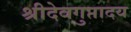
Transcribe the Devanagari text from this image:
श्रीदेवगुप्तादय